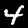
Digit: 4